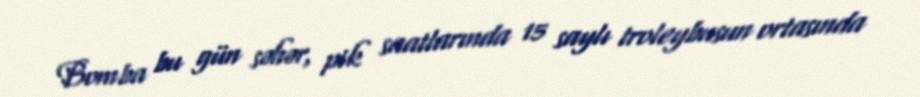
Bomba bu gün səhər, pik saatlarında 15 saylı troleybusun ortasında